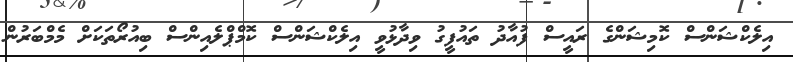
އިލެކްޝަންސް ކޮމިޝަންގެ ރައީސް ފުއާދު ތައުފީގު ވިދާޅުވީ އިލެކްޝަންސް ކޮމްޕްލެއިންސް ބިއުރޯތަކަށް މެމްބަރުން